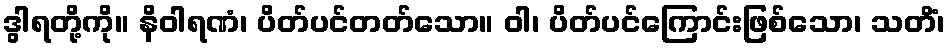
ဒွါရတို့ကို။ နိဝါရဏံ၊ ပိတ်ပင်တတ်သော။ ဝါ၊ ပိတ်ပင်ကြောင်းဖြစ်သော၊ သတိံ၊